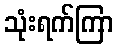
သုံးရက်ကြာ